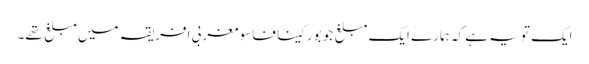
ایک تو یہ ہے کہ ہمارے ایک مبلغ جو بورکینا فاسو مغربی افریقہ میں مبلغ تھے۔